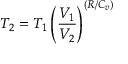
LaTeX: T _ { 2 } = T _ { 1 } \left( { \frac { V _ { 1 } } { V _ { 2 } } } \right) ^ { ( R / C _ { v } ) }